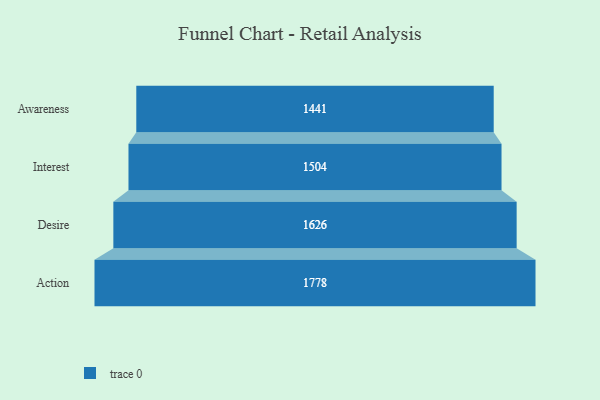
{"axis": {"x": "Stage", "y": "Value"}, "legend": [""], "data": [{"x": "Awareness", "y": 1441.0, "type": ""}, {"x": "Interest", "y": 1504.0, "type": ""}, {"x": "Desire", "y": 1626.0, "type": ""}, {"x": "Action", "y": 1778.0, "type": ""}]}